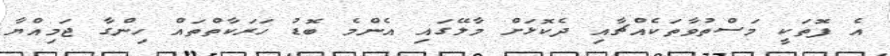
އެ ފޮތަކީ މަސްތުވާތަކެއްޗާއި ދެކޮޅަށް މާލޭގައި އެންމެ ބޮޑު ހަރަކާތްތައް ހިންގާ ޖަމިއްޔާ